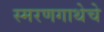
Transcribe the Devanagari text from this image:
स्मरणगाथेचे